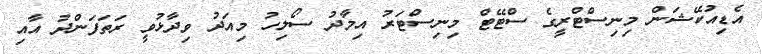
އެޑިއުކޭޝަން މިނިސްޓްރީގެ ސްޓޭޓް މިނިސްޓަރު އިމާދު ސޯލިހު މިއަދު ވިދާޅުވީ ރަތަފަންދު އާއި